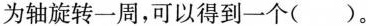
为轴旋转一周，可以得到一个( )。